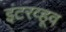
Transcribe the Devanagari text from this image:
इंटरव्हूव